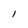
Character: l